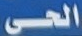
الحى